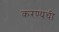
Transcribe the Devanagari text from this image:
करण्यची